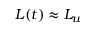
L ( t ) \approx L _ { u }